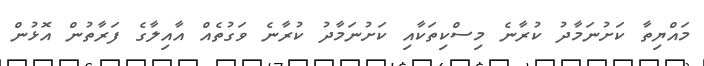
މައްޔިތާ ކަށުނަމާދު ކުރާނެ މިސްކިތަކާއި ކަށުނަމާދު ކުރާނެ ވަގުތެއް އާއިލާގެ ފަރާތުން އޮޅުން